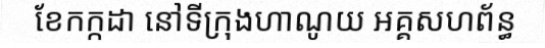
ខែកក្កដា នៅទីក្រុងហាណូយ អគ្គសហព័ន្ធ